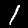
Digit: 1